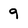
Character: 9